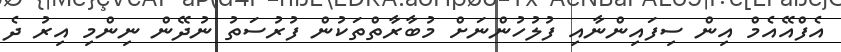
އެފްއޭއެމް އިން ސިފައިންނާއި ފުލުހުންނަށް މުބާރާތްތަކުން ފުރުސަތު ނުދޭން ނިންމި އިރު ދެ